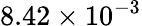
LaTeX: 8.42\times 10^{-3}